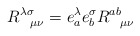
\begin{align*}R^{\lambda\sigma}_{\ \ \mu\nu} = e^\lambda_a e^\sigma_b R^{ab}_{\ \ \mu\nu}\end{align*}